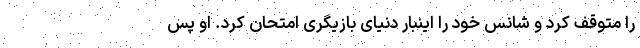
را متوقف کرد و شانس خود را اینبار دنیای بازیگری امتحان کرد. او پس